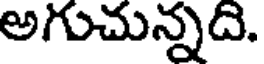
అగుచున్నది.